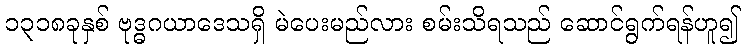
၁၃၁၈ခုနှစ် ဗုဒ္ဓဂယာဒေသရှိ မဲပေးမည်လား စမ်းသိရသည် ဆောင်ရွက်ရန်ဟူ၍